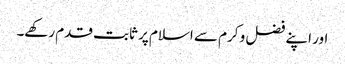
اور اپنے فضل و کرم سے اسلام پر ثابت قدم رکھے۔